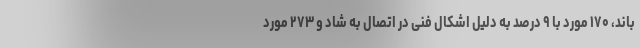
باند، ۱۷۰ مورد با ۹ درصد به دلیل اشکال فنی در اتصال به شاد و ۲۷۳ مورد